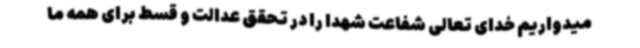
میدواریم خدای تعالی شفاعت شهدا را در تحقق عدالت و قسط برای همه ما